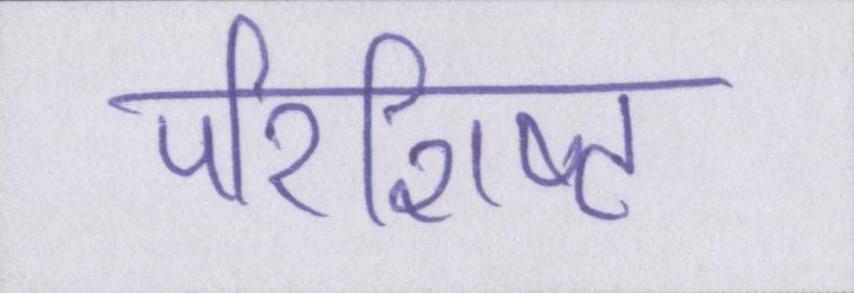
परिशिष्ट